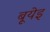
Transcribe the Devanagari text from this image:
बूयेइ